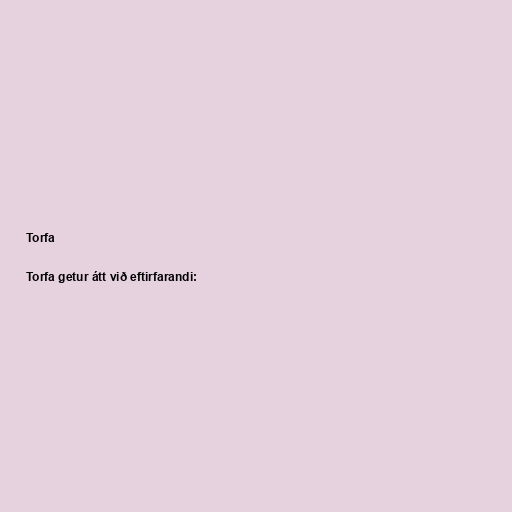
Torfa

Torfa getur átt við eftirfarandi: